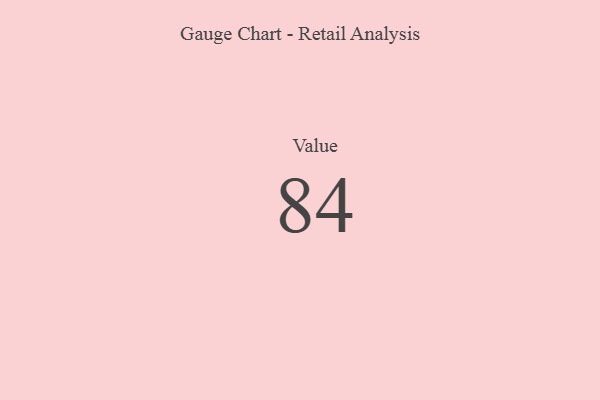
{"axis": {"x": "Metric", "y": "Value"}, "legend": [""], "data": [{"x": "Value", "y": 84, "type": ""}]}